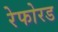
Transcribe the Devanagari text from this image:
रेफोरड